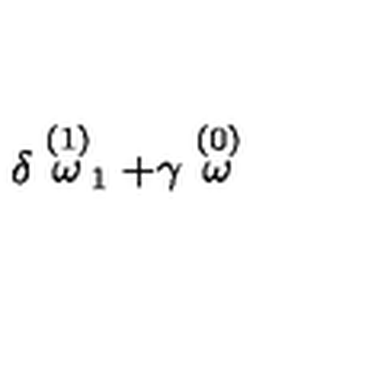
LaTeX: \delta \stackrel { ( 1 ) } { \omega } _ { 1 } + \gamma \stackrel { ( 0 ) } { \omega }